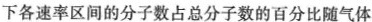
下各速率区间的分子数占总分子数的百分比随气体